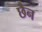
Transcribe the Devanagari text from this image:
छैन